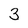
Character: 3